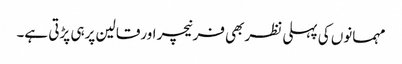
مہمانوں کی پہلی نظربھی فرنیچر اورقالین پرہی پڑتی ہے۔